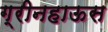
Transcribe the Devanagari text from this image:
ग्रीनहाऊस